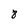
Character: 8